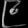
Digit: ၉